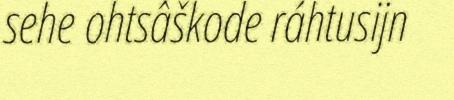
sehe ohtsâškode ráhtusijn